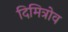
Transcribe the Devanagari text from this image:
दिमित्रोव